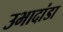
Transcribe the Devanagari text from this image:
उभादांडा